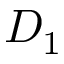
D _ { 1 }